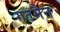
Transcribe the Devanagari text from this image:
गटमैन